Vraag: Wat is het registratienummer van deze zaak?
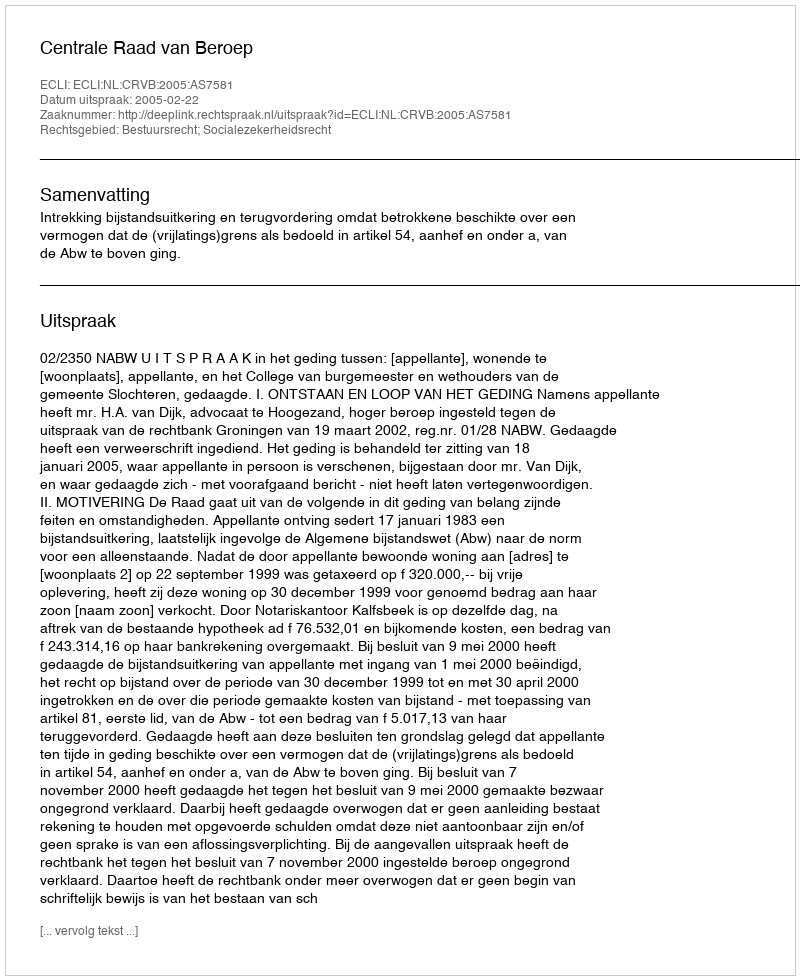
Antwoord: http://deeplink.rechtspraak.nl/uitspraak?id=ECLI:NL:CRVB:2005:AS7581